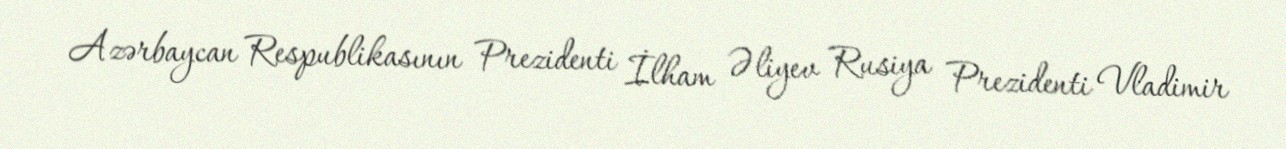
Azərbaycan Respublikasının Prezidenti İlham Əliyev Rusiya Prezidenti Vladimir